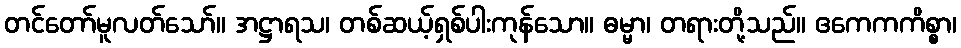
တင်တော်မူလတ်သော်။ အဋ္ဌာရသ၊ တစ်ဆယ့်ရှစ်ပါးကုန်သော။ ဓမ္မာ၊ တရားတို့သည်။ ဧကေကကိစ္စာ၊